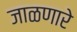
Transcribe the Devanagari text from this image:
जाळणारे